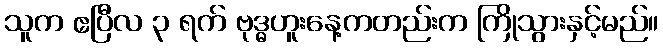
သူက ဧပြီလ ၃ ရက် ဗုဒ္ဓဟူးနေ့ကတည်းက ကြိုသွားနှင့်မည်။